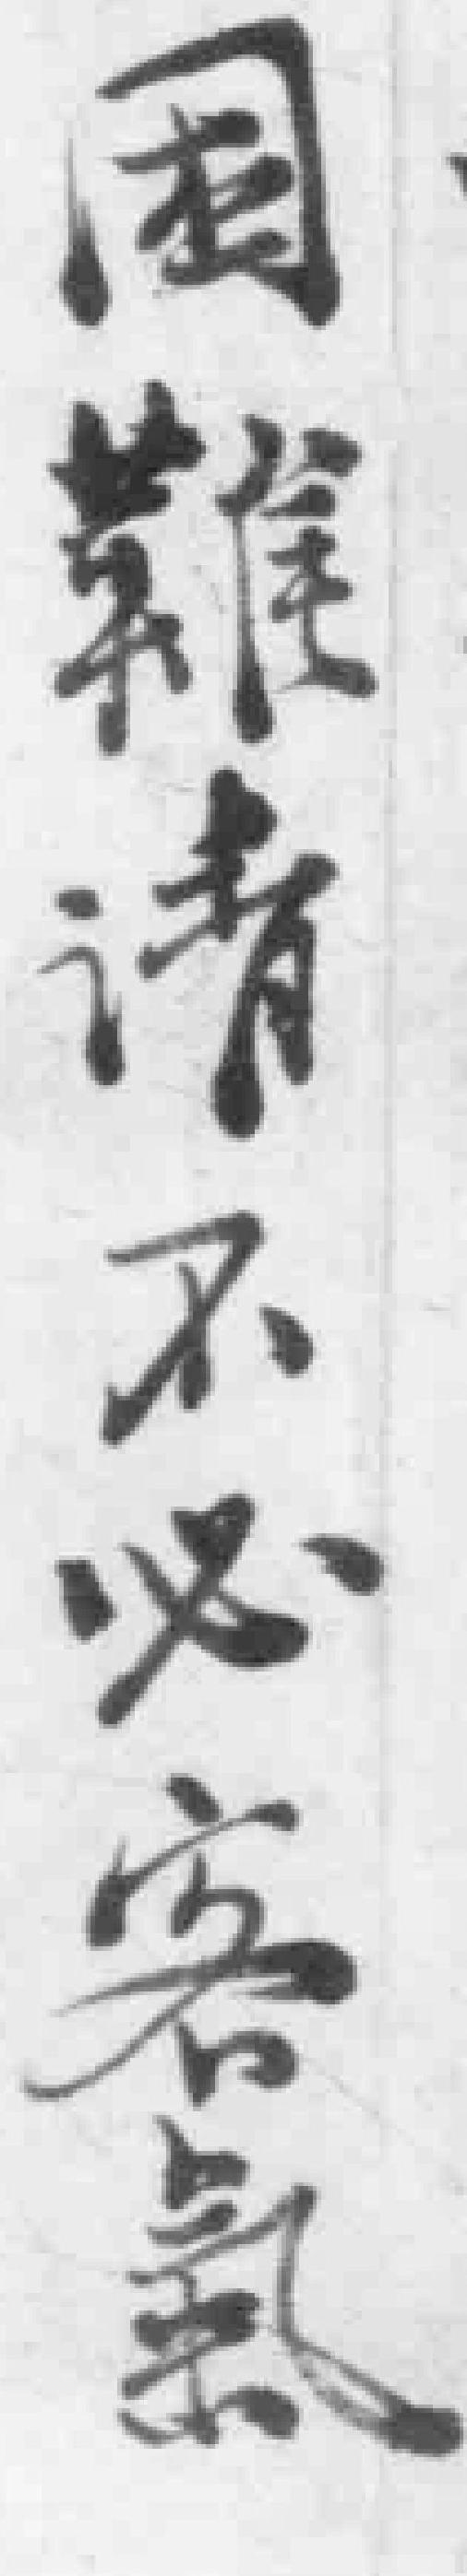
困难请不必客氯